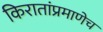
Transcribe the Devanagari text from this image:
किरातांप्रमाणेच